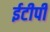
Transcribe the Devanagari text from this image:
ईटीपी